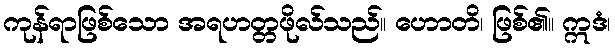
ကုန်ရာဖြစ်သော အရဟတ္တဖိုလ်သည်။ ဟောတိ၊ ဖြစ်၏။ ဣဒံ၊